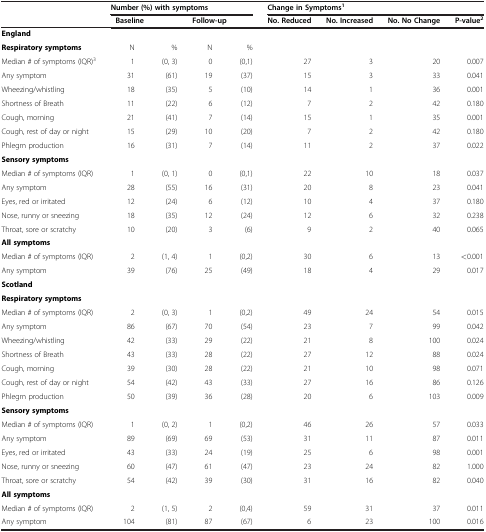
<table><thead><tr><td><b> </b></td><td colspan="4"><b>Number (%) with symptoms</b></td><td colspan="4"><b>Change in Symptoms<sup>1</sup></b></td></tr><tr><td><b> </b></td><td colspan="2"><b>Baseline</b></td><td colspan="2"><b>Follow-up</b></td><td><b>No. Reduced</b></td><td><b>No. Increased</b></td><td><b>No. No Change</b></td><td><b>P-value<sup>2</sup></b></td></tr></thead><tbody><tr><td colspan="9"><b>England</b></td></tr><tr><td><b>Respiratory symptoms</b></td><td>N</td><td>%</td><td>N</td><td>%</td><td> </td><td> </td><td> </td><td> </td></tr><tr><td>Median # of symptoms (IQR)<sup>3</sup></td><td>1</td><td>(0, 3)</td><td>0</td><td>(0,1)</td><td>27</td><td>3</td><td>20</td><td>0.007</td></tr><tr><td>Any symptom</td><td>31</td><td>(61)</td><td>19</td><td>(37)</td><td>15</td><td>3</td><td>33</td><td>0.041</td></tr><tr><td>Wheezing/whistling</td><td>18</td><td>(35)</td><td>5</td><td>(10)</td><td>14</td><td>1</td><td>36</td><td>0.001</td></tr><tr><td>Shortness of Breath</td><td>11</td><td>(22)</td><td>6</td><td>(12)</td><td>7</td><td>2</td><td>42</td><td>0.180</td></tr><tr><td>Cough, morning</td><td>21</td><td>(41)</td><td>7</td><td>(14)</td><td>15</td><td>1</td><td>35</td><td>0.001</td></tr><tr><td>Cough, rest of day or night</td><td>15</td><td>(29)</td><td>10</td><td>(20)</td><td>7</td><td>2</td><td>42</td><td>0.180</td></tr><tr><td>Phlegm production</td><td>16</td><td>(31)</td><td>7</td><td>(14)</td><td>11</td><td>2</td><td>37</td><td>0.022</td></tr><tr><td colspan="9"><b>Sensory symptoms</b></td></tr><tr><td>Median # of symptoms (IQR)</td><td>1</td><td>(0, 1)</td><td>0</td><td>(0,1)</td><td>22</td><td>10</td><td>18</td><td>0.037</td></tr><tr><td>Any symptom</td><td>28</td><td>(55)</td><td>16</td><td>(31)</td><td>20</td><td>8</td><td>23</td><td>0.041</td></tr><tr><td>Eyes, red or irritated</td><td>12</td><td>(24)</td><td>6</td><td>(12)</td><td>10</td><td>4</td><td>37</td><td>0.180</td></tr><tr><td>Nose, runny or sneezing</td><td>18</td><td>(35)</td><td>12</td><td>(24)</td><td>12</td><td>6</td><td>32</td><td>0.238</td></tr><tr><td>Throat, sore or scratchy</td><td>10</td><td>(20)</td><td>3</td><td>(6)</td><td>9</td><td>2</td><td>40</td><td>0.065</td></tr><tr><td colspan="9"><b>All symptoms</b></td></tr><tr><td>Median # of symptoms (IQR)</td><td>2</td><td>(1, 4)</td><td>1</td><td>(0,2)</td><td>30</td><td>6</td><td>13</td><td>&lt;0.001</td></tr><tr><td>Any symptom</td><td>39</td><td>(76)</td><td>25</td><td>(49)</td><td>18</td><td>4</td><td>29</td><td>0.017</td></tr><tr><td colspan="9"><b>Scotland</b></td></tr><tr><td colspan="9"><b>Respiratory symptoms</b></td></tr><tr><td>Median # of symptoms (IQR)</td><td>2</td><td>(0, 3)</td><td>1</td><td>(0,2)</td><td>49</td><td>24</td><td>54</td><td>0.015</td></tr><tr><td>Any symptom</td><td>86</td><td>(67)</td><td>70</td><td>(54)</td><td>23</td><td>7</td><td>99</td><td>0.042</td></tr><tr><td>Wheezing/whistling</td><td>42</td><td>(33)</td><td>29</td><td>(22)</td><td>21</td><td>8</td><td>100</td><td>0.024</td></tr><tr><td>Shortness of Breath</td><td>43</td><td>(33)</td><td>28</td><td>(22)</td><td>27</td><td>12</td><td>88</td><td>0.024</td></tr><tr><td>Cough, morning</td><td>39</td><td>(30)</td><td>28</td><td>(22)</td><td>21</td><td>10</td><td>98</td><td>0.071</td></tr><tr><td>Cough, rest of day or night</td><td>54</td><td>(42)</td><td>43</td><td>(33)</td><td>27</td><td>16</td><td>86</td><td>0.126</td></tr><tr><td>Phlegm production</td><td>50</td><td>(39)</td><td>36</td><td>(28)</td><td>20</td><td>6</td><td>103</td><td>0.009</td></tr><tr><td colspan="9"><b>Sensory symptoms</b></td></tr><tr><td>Median # of symptoms (IQR)</td><td>1</td><td>(0, 2)</td><td>1</td><td>(0,2)</td><td>46</td><td>26</td><td>57</td><td>0.033</td></tr><tr><td>Any symptom</td><td>89</td><td>(69)</td><td>69</td><td>(53)</td><td>31</td><td>11</td><td>87</td><td>0.011</td></tr><tr><td>Eyes, red or irritated</td><td>43</td><td>(33)</td><td>24</td><td>(19)</td><td>25</td><td>6</td><td>98</td><td>0.001</td></tr><tr><td>Nose, runny or sneezing</td><td>60</td><td>(47)</td><td>61</td><td>(47)</td><td>23</td><td>24</td><td>82</td><td>1.000</td></tr><tr><td>Throat, sore or scratchy</td><td>54</td><td>(42)</td><td>39</td><td>(30)</td><td>31</td><td>16</td><td>82</td><td>0.040</td></tr><tr><td colspan="9"><b>All symptoms</b></td></tr><tr><td>Median # of symptoms (IQR)</td><td>2</td><td>(1, 5)</td><td>2</td><td>(0,4)</td><td>59</td><td>31</td><td>37</td><td>0.011</td></tr><tr><td>Any symptom</td><td>104</td><td>(81)</td><td>87</td><td>(67)</td><td>6</td><td>23</td><td>100</td><td>0.016</td></tr></tbody></table>